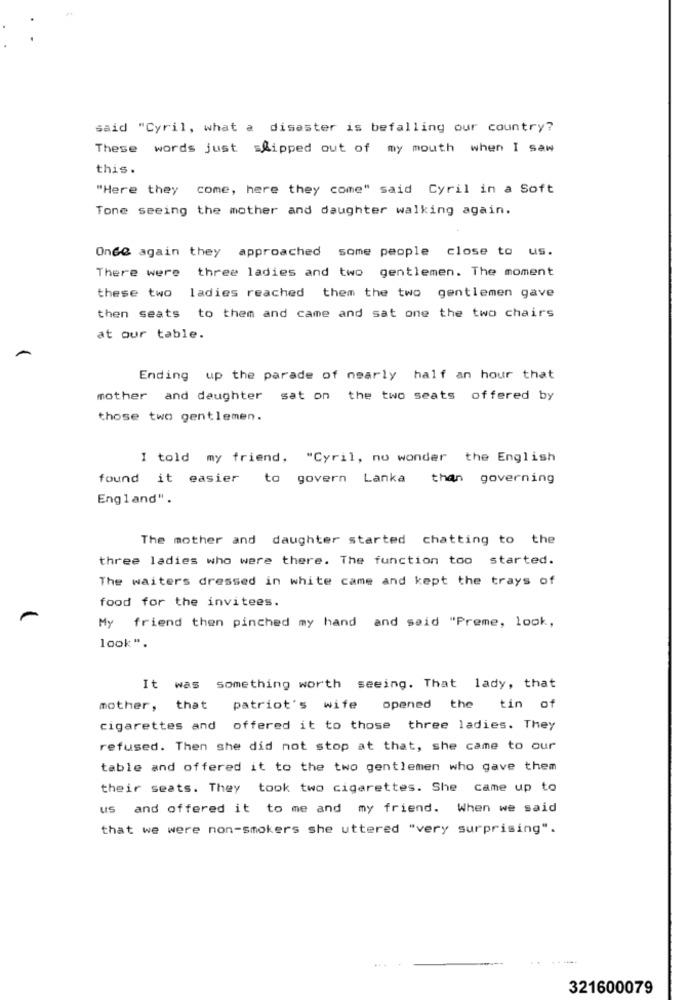
said "Cyril, what a disaster is befalling our country?
These words just slipped out of my mouth when I saw
this.
"Here they come, here they come" said Cyril in a Soft
Tone seeing the mother and daughter walking again.
Once again they approached some people close to us.
There were three ladies and two gentlemen. The moment
these two ladies reached them the two gentlemen gave
then seats to them and came and sat one the two chairs
at our table.
Ending up the parade of nearly half an hour that
mother and daughter sat on the two seats offered by
those two gentlemen.
I told my friend. "Cyril, no wonder the English
found it easier to govern Lanka than governing
England".
The mother and daughter started chatting to the
three ladies who were there. The function too started.
The waiters dressed in white came and kept the trays of
food for the invitees.
My friend then pinched my hand and said "Preme, look,
look".
It was something worth seeing. That lady, that
mother, that
patriot's wife
opened the tin of
cigarettes and offered it to those three ladies. They
refused. Then she did not stop at that, she came to our
table and offered it to the two gentlemen who gave them
their seats. They took two cigarettes. She came up to
us and offered it to me and my friend. When we said
that we were non-smokers she uttered "very surprising".
321600079